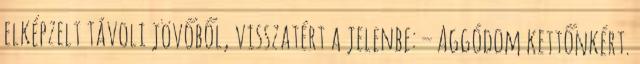
elképzelt távoli jövőből, visszatért a jelenbe: – Aggódom kettőnkért.